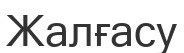
Жалғасу